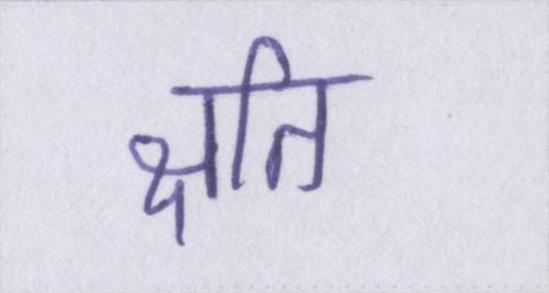
क्षति